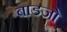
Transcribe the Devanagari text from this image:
बाडजो